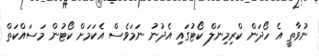
ނުވާތީ އެ ހޯދަން ކްރިމިނަލް ކޯޓުގައި އެދުނު ނަމަވެސް އެކަމަށް ކޯޓުން މަސައްކަތް